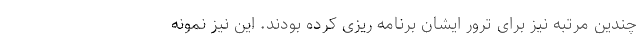
چندین مرتبه نیز برای ترور ایشان برنامه ریزی کرده بودند. این نیز نمونه